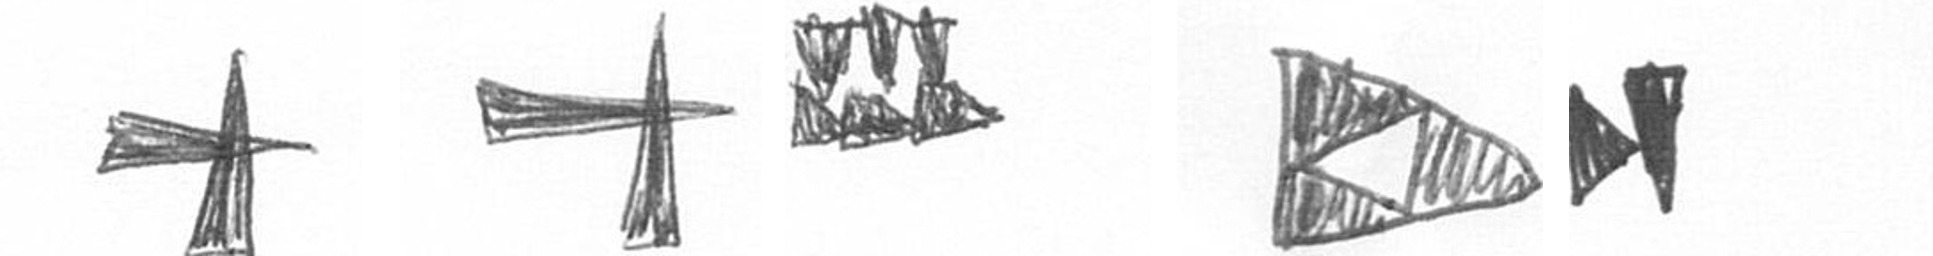
G G D K M